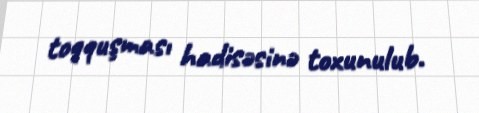
toqquşması hadisəsinə toxunulub.